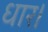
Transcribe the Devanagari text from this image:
धार।